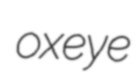
oxeye